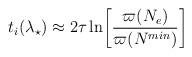
LaTeX: \begin{align*}t_i(\lambda_{\star}) \approx2\tau\ln\biggr[\frac{\varpi(N_e)}{\varpi(N^{min})}\biggl]\end{align*}